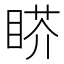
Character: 𰥬